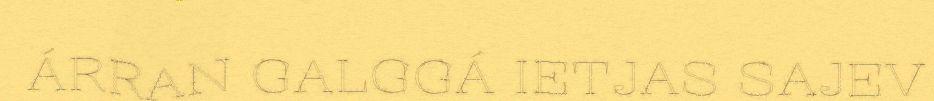
ÁRRAN GALGGÁ IETJAS SAJEV